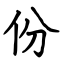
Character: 份